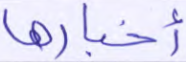
أخبارها